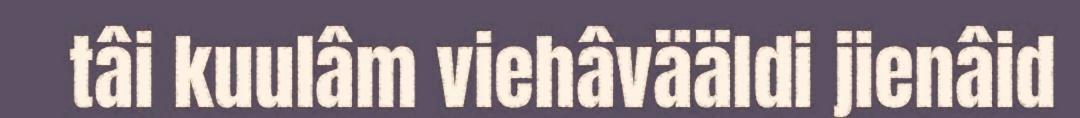
tâi kuulâm viehâvääldi jienâid